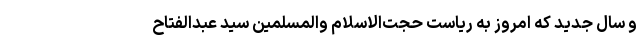
و سال جدید که امروز به ریاست حجت‌الاسلام ‌والمسلمین سید عبدالفتاح